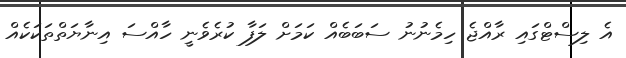
އެ ލިސްޓްގައި ރާއްޖެ ހިމެނުނު ސަބަބެއް ކަމަށް ލަފާ ކުރެވެނީ ހާއްސަ އިނާޔަތްތަކަކެއް